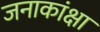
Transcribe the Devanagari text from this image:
जनाकांक्षा